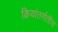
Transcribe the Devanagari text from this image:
क्रियांतर्गतीय